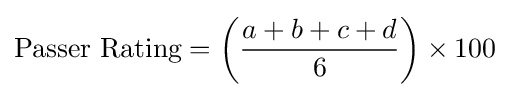
{\text{Passer Rating}}=\left({a+b+c+d \over 6}\right)\times 100